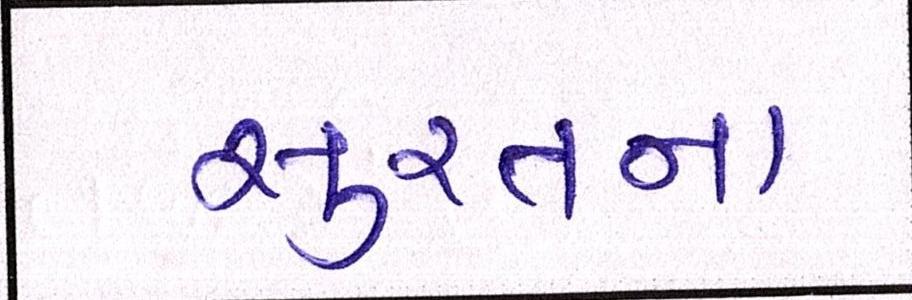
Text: સુરતનાં